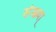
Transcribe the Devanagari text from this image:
संख्या्